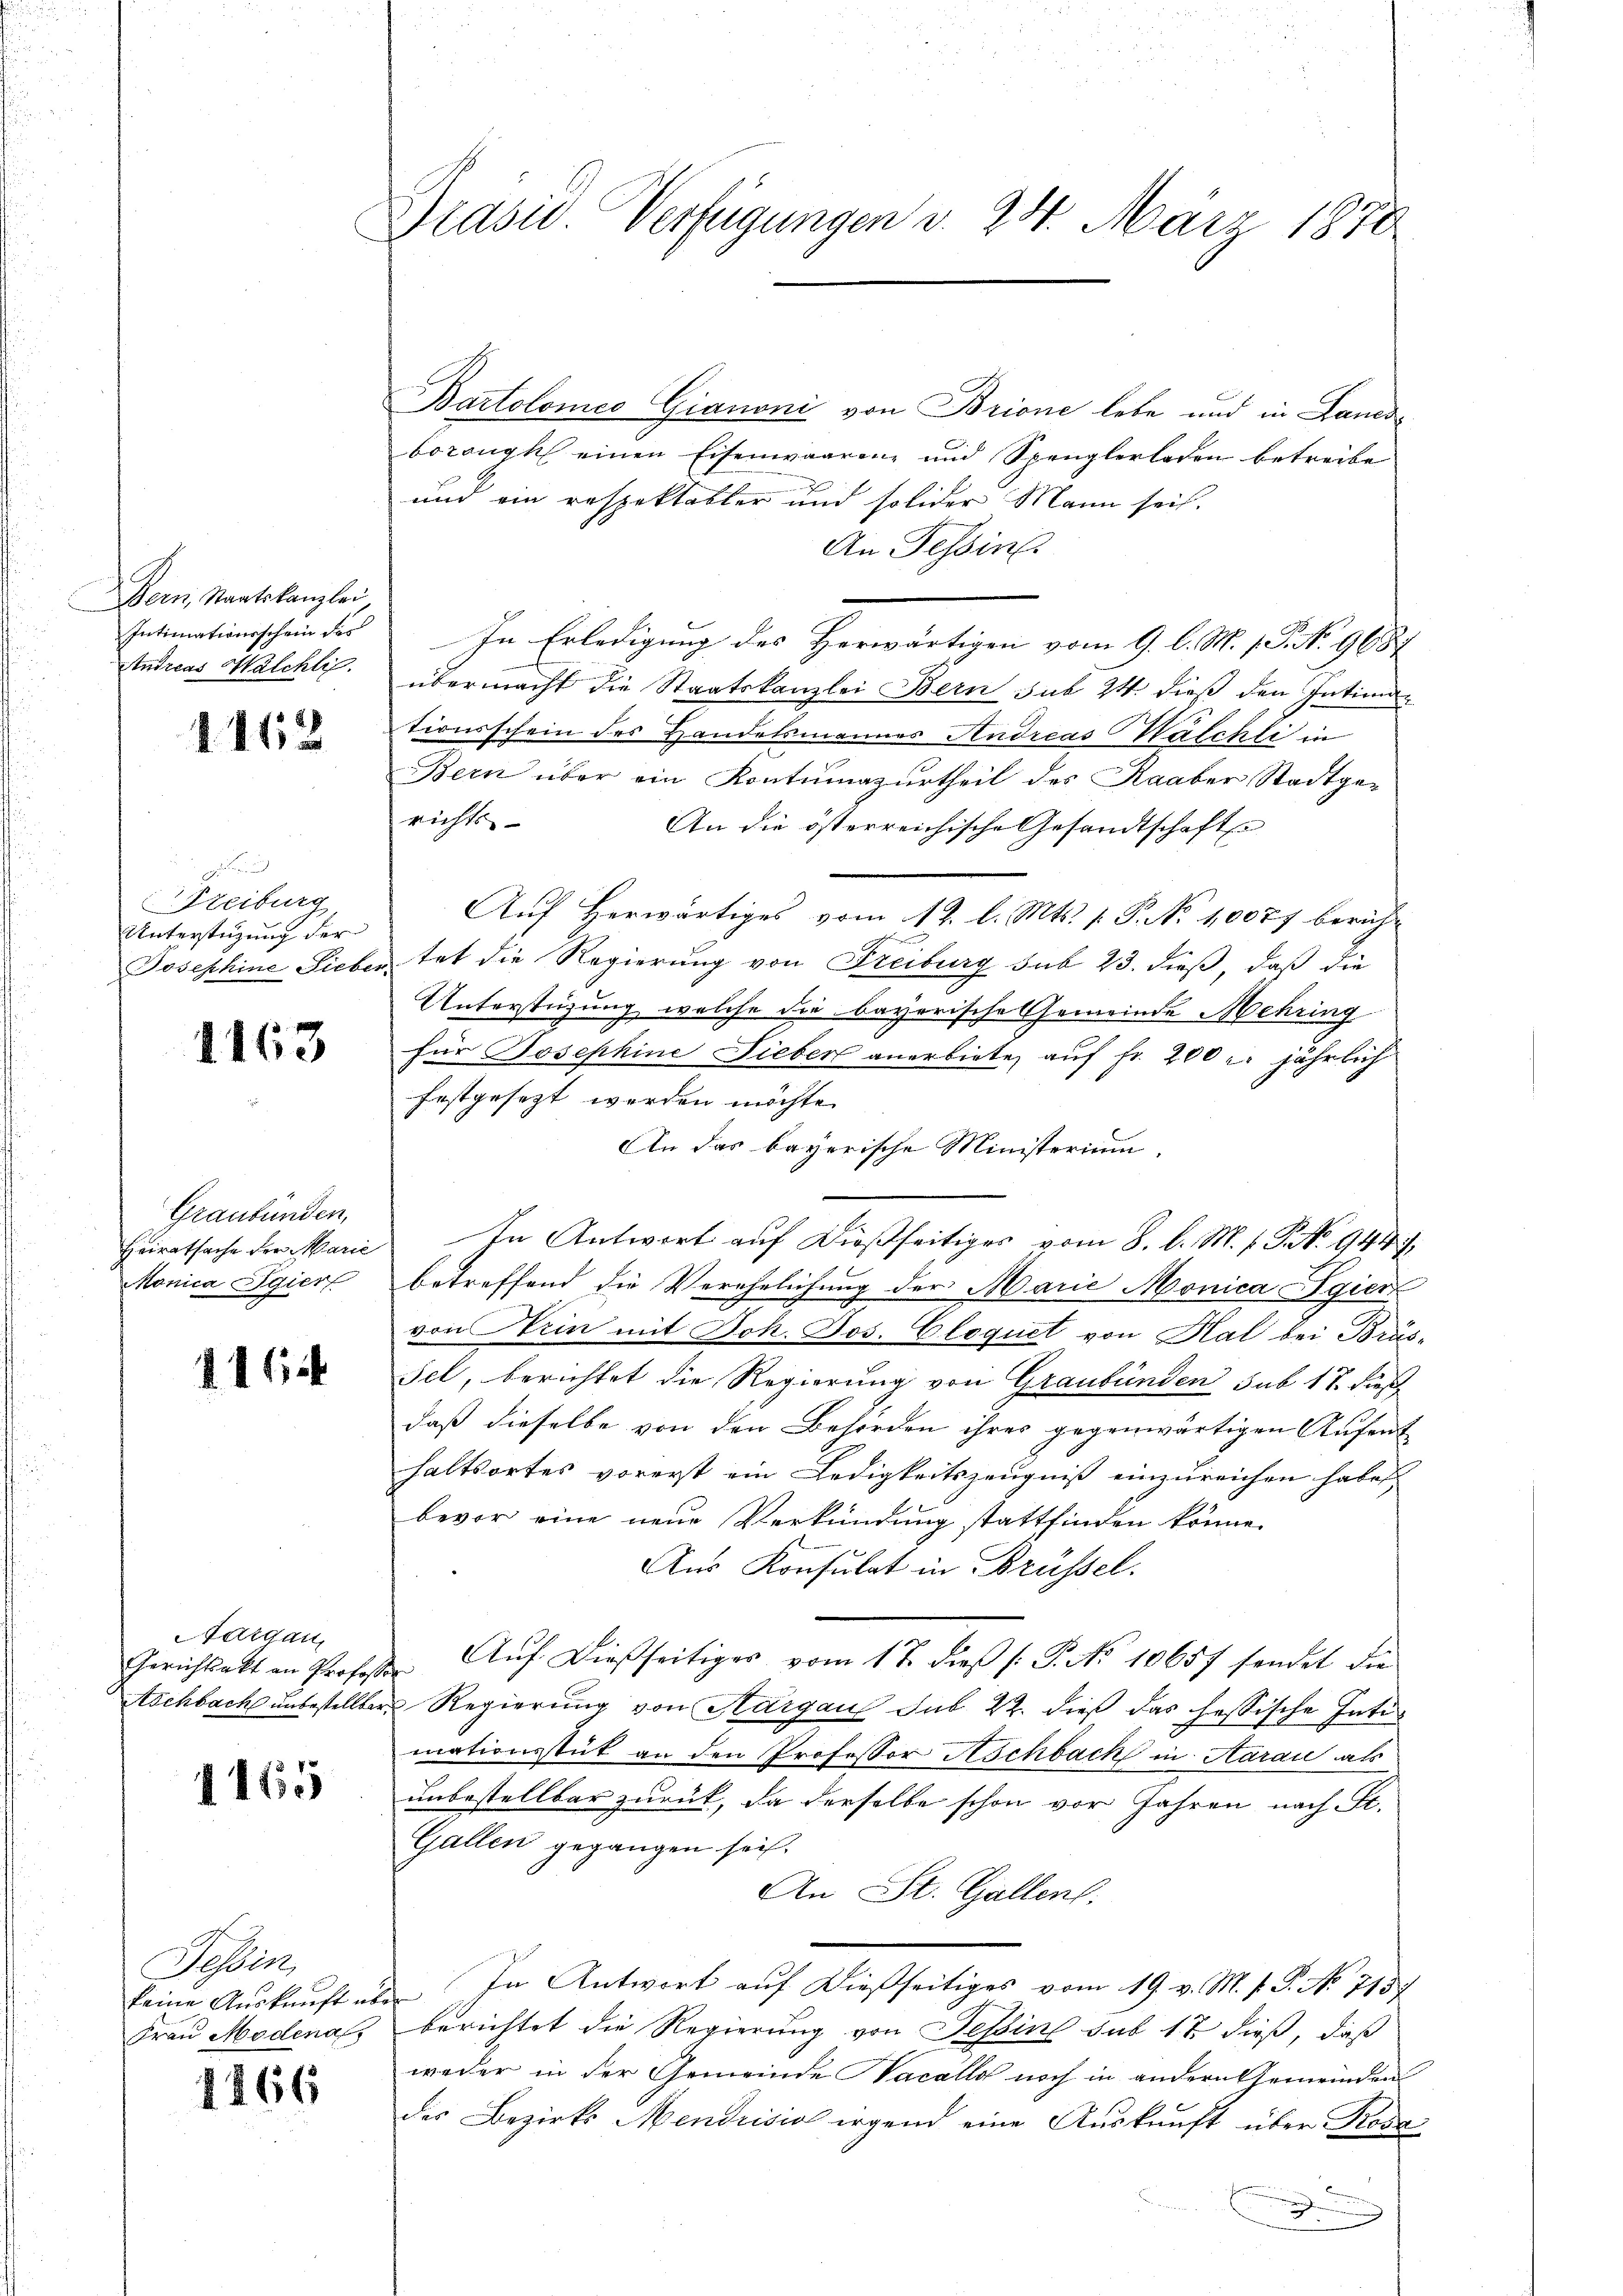
Bern, Staatskanzlei
Intimationsschein des
Andreas Walchli

1162

e
Freiburg,
Unterstüzung der

1163

Graubünden,
Heiratsache der Marie
Monica Egier

414

Aargau,

4145

Siben
Frau Modena

1466

Präsid. Verfügungen d. 24. März 1870

Bartolomeo Gianoni von Brione lebe und in Lanerbozonyk einen Eisenwaarenz und Spenglerladen betreibe
und ein respektabler und solider Mann sei.
An Tessin
In Erledigung des Herwärtigen vom 9. l. M. 1. No. 9687
übermacht die Staatskanzlei Bern sub 24. dieß den Intiman
tionsschein des Handelsmannes Andreas Walchli in
Bern über ein Kontumazurtheil des Raaber Stadtge-
richts
An die österreichische Gesandtschafte
Aŭf herwärtiges vom 12. l. Mts. 1. P. Nr. 10077 bericht
Josephine Lieber tat die Regierung von Freiburg sub 23. dieß, daß die
Unterstüzung, welche die bayerische Gemeinde Mehring
für Josephine Lieber anerbiete, auf fr. 200 l. jährlich
festgesezt werden möchte.
An das bayerische Ministerium.
In Antwort auf dießseitiges vom 8. d. M. s. S. 944
betreffend die Verehelichung der Marie Monica Egier
von Trin mit Joh. Jos. Cloquet von Kal bei Brüs-
sel, berichtet die Regierung von Graubünden sub 18. dieß
daß dieselbe von den Behörden ihres gegenwärtigen Aufent
haltsortes vorerst ein Ledigkeitszeugniß einzureichen habe,
bevor eine neue Verkündung stattfinden könne.
Aus Konsulat in Brüssel.
Gerichtsakt an Profess. Aŭf dießseitiges vom 17. dieß (: P. No 10657 sendet die
Aschbach unbestellter Regierung von Aargau sub 22. dieß das hessische Intimationsstük an den Professor Aschbach in Aarau als
unbestellbar zurück, da derselbe schon vor Jahren nach Fr.
Gallen gegangen sei.
An St. Gallen.
keine Aŭskŭnft u. In Antwort auf dießseitiges vom 19. v. M. h. T. No 7157
berichtet die Regierung von Tessin sub 17 dieß, daß
weder in der Gemeinde Hacallo noch in andern Gemeinden
des Bezirks Mendrisio irgend eine Auskunft über Rosa
.